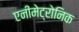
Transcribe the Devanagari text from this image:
एनीमेट्रोनिक